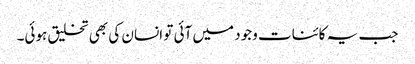
جب یہ کائنات وجود میں آئی تو انسان کی بھی تخلیق ہوئی۔